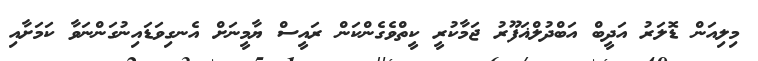
މިލިއަން ޑޮލަރު އަދީބް އަބްދުލްޣަފޫރު ޖަމާކުރީ ކީތްވެގެންކަން ރައީސް ޔާމީނަށް އެނގިވަޑައިނުގަންނަވާ ކަމަށާއި